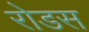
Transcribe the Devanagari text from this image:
रोडस